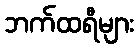
ဘက်ထရီများ